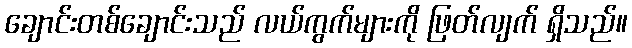
ချောင်းတစ်ချောင်းသည် လယ်ကွက်များကို ဖြတ်လျက် ရှိသည်။